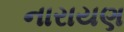
નારાયણ